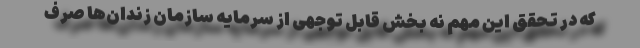
که در تحقق این مهم نه بخش قابل توجهی از سرمایه سازمان زندان‌ها صرف